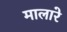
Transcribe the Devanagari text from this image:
मालारे